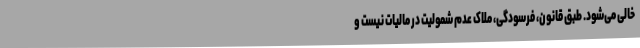
خالی می‌شود. طبق قانون، فرسودگی، ملاک عدم شمولیت در مالیات نیست و